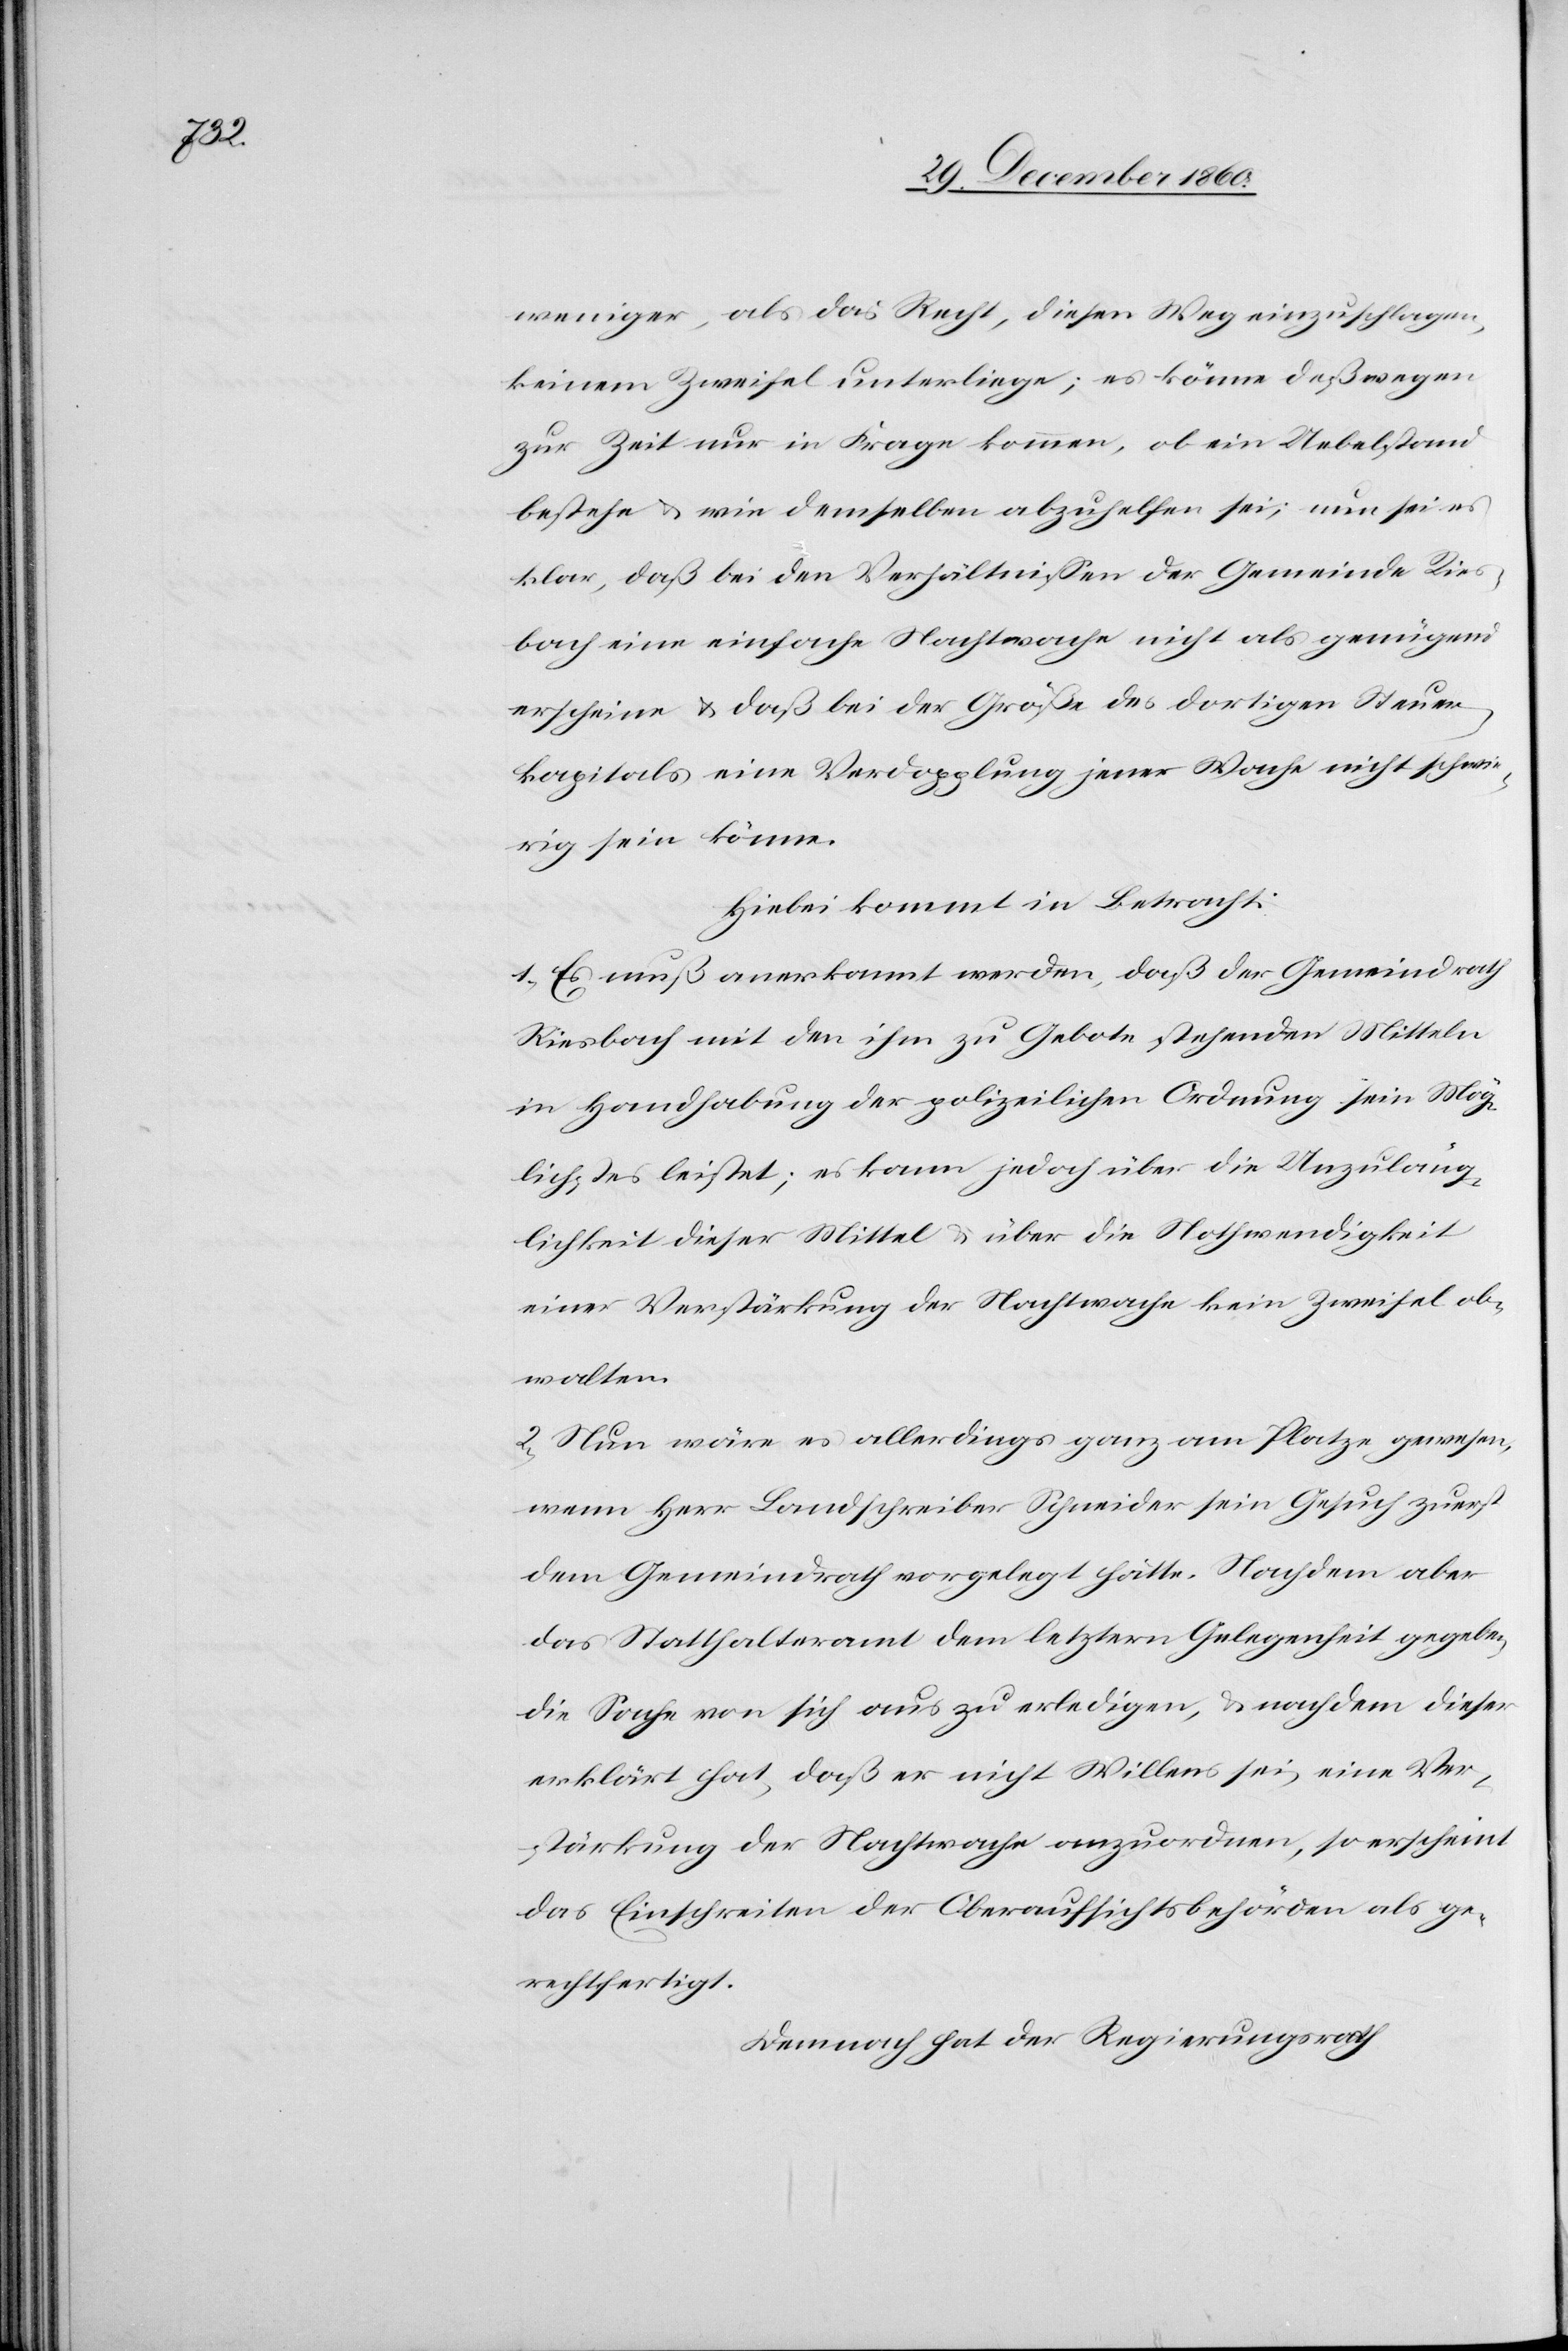
weniger, als das Recht, diesen Weg einzuschlagen,
keinem Zweifel unterliege; es könne deßwegen
zur Zeit nur in Frage kommen, ob ein Uebelstand
bestehe u. wie demselben abzuhelfen sei; nun sei es
klar, daß bei den Verhältnissen der Gemeinde Ries¬
bach eine einfache Nachtwache nicht als genügend
erscheine u. daß bei der Größe des dortigen Steuer¬
kapitals eine Verdopplung jener Woche nicht schwie¬
rig sein könne.
Hiebei kommt in Betracht:
1. Es muß anerkannt werden, daß der Gemeindrath
Riesbach mit den ihm zu Gebote stehenden Mitteln
in Handhabung der polizeilichen Ordnung sein Mög¬
lichstes leistet; es kann jedoch über die Unzuläng¬
lichkeit dieser Mittel u. über die Nothwendigkeit
einer Verstärkung der Nachtwache kein Zweifel ob¬
walten.
2. Nun wäre es allerdings ganz am Platze gewesen,
wenn Herr Landschreiber Schneider sein Gesuch zuerst
dem Gemeindrath vorgelegt hätte. Nachdem aber
das Statthalteramt dem letztern Gelegenheit gegeben,
die Sache von sich aus zu erledigen, u. nachdem dieser
erklärt hat, daß er nicht Willens sei, eine Ver¬
stärkung der Nachtwache anzuordnen, so erscheint
das Einschreiten der Oberaufsichtsbehörden als ge¬
rechtfertigt.
Demnach hat der Regierungsrath